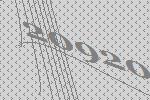
20920